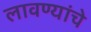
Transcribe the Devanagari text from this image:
लावण्यांचे